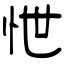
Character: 怈